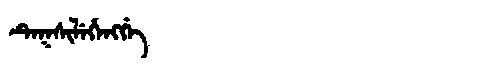
Manchu: ᡨᡝᡴᠰᡳᠯᡝᡥᡝᠩᡤᡝ
Romanization: TEKSILEHENGGE